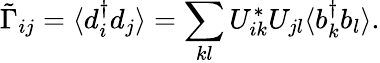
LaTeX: \tilde{\Gamma}_{ij}=\langle d_{i}^{\dagger}d_{j}\rangle=\sum_{kl}U_{ik}^{*}U_{jl}\langle b_{k}^{\dagger}b_{l}\rangle.